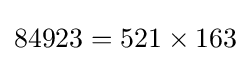
84923=521\times 163